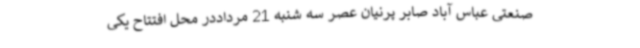
صنعتی عباس آباد صابر پرنیان عصر سه شنبه 21 مرداددر محل افتتاح یکی